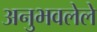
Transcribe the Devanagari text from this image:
अनुभवलेले